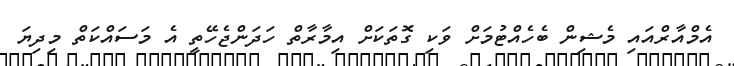
އެމްއާރްއައި މެޝިން ބެހެއްޓުމަށް ވަކި ގޮތަކަށް އިމާރާތް ހަދަންޖެހޭތީ އެ މަސައްކަތް މިދިޔަ